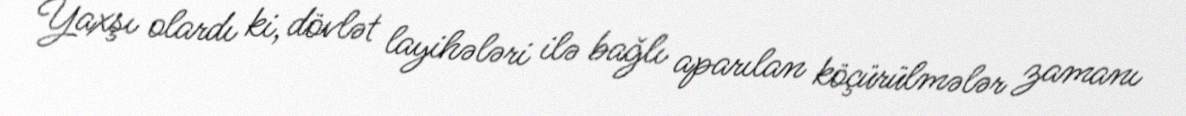
Yaxşı olardı ki, dövlət layihələri ilə bağlı aparılan köçürülmələr zamanı